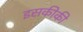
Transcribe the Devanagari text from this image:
इसकीकी